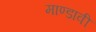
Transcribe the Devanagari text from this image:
माण्डावी